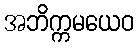
အဘိက္ကမယေဝ